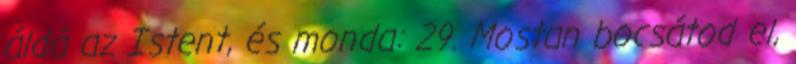
áldá az Istent, és monda: 29. Mostan bocsátod el,